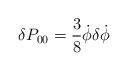
LaTeX: \begin{align*}\delta P_{00}=\frac{3}{8}\dot \phi\delta\dot\phi\end{align*}